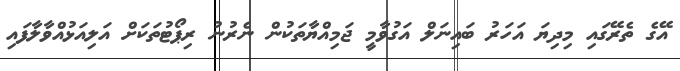
އޭގެ ތެރޭގައި މިދިޔަ އަހަރު ބައިނަލް އަގުވާމީ ޖަމިއްޔާތަކުން ނެރުނު ރިޕޯޓުތަަކަށް އަލިއަޅުއްވާލާފައި